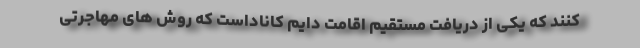
کنند که یکی از دریافت مستقیم اقامت دایم کاناداست که روش های مهاجرتی